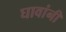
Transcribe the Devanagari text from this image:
घावांनी